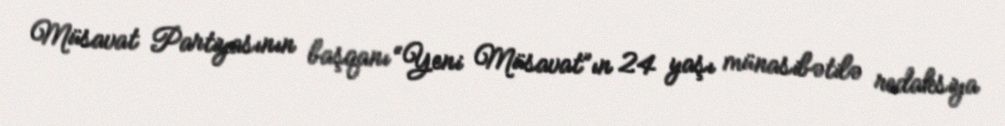
Müsavat Partiyasının başqanı “Yeni Müsavat”ın 24 yaşı münasibətilə redaksiya